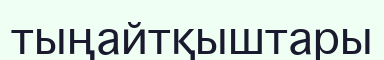
тыңайтқыштары